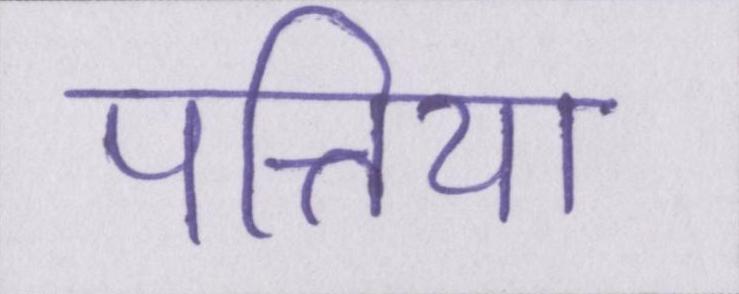
पत्तिया